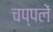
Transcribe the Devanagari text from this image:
चप्‍पलें